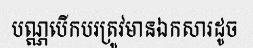
បណ្ណបើកបរត្រូវមានឯកសារដូច